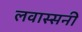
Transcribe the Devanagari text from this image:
लवास्सनी